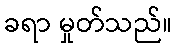
ခရာ မှုတ်သည်။